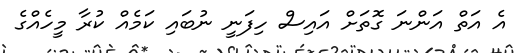
އެ އަތް އަންނަ ގޮތަށް އައިސް ހިފަނީ ނުބައި ކަމެއް ކުރާ މީހެއްގެ